Lunatic asylums Central Provinces reports 1895-1909 - 1895-1909
Year: 1895
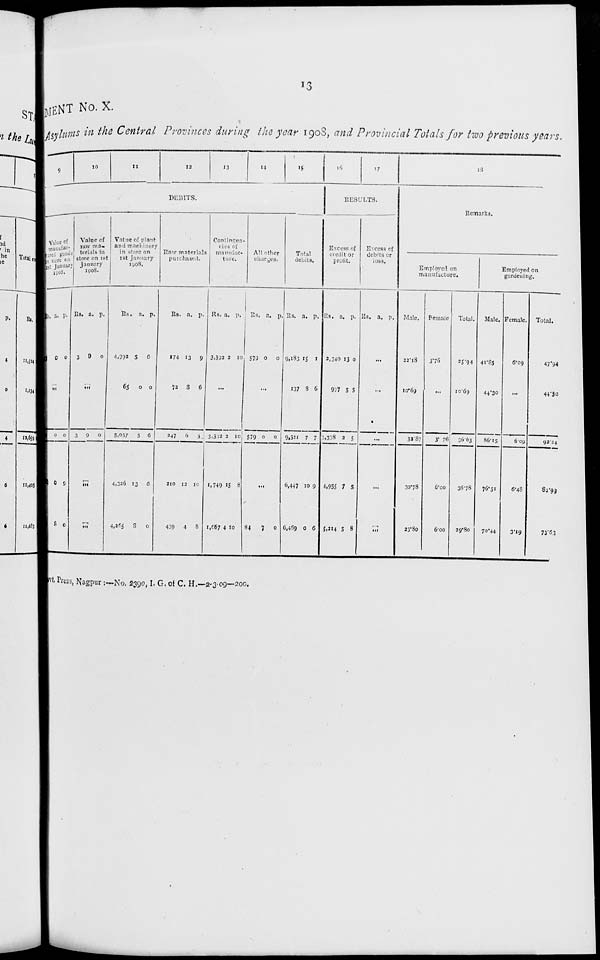
13
MENT No. X.
Asylums in the Central Provinces during the year 1908, and Provincial Totals for two previous years.
9
10
11
12
13
14
15
DEBITS.
Value of
manufac-
ured goods
in stores on
1st January
1908.
Rs. a.
0
p.
0
...
0
0
8
0
9
0
Value of
raw ma-
terials in
store on 1st
January
1908.
Rs.
3
a.
9
p.
0
...
3 9
0
...
...
Value of plant
and machinery
in store on
1st January
1908.
Rs.
4,992
65
5,057
4,326
4,265
a.
5
0
5
13
8
p.
6
0
6
6
0
Raw materials
purchased.
Rs.
174
72
247
210
439
a.
13
8
6
12
4
p.
9
6
3
10
8
Contingen-
cies of
manufac-
ture.
Rs.
3,392
a.
3
p.
10
...
3,392
1,749
1,667
3
15
4
10
8
10
All other
charges.
Rs.
579
a.
0
p.
0
...
579 0
0
...
84
7 0
Total
debits.
Rs.
9,183
137
9,321
6,447
6,469
a.
15
8
7
10
0
p.
1
6
7
9
6
16
17
RESULTS.
Excess
of
credit or
profit.
Rs.
2,340
997
3,338
4,955
5,214
a.
13
5
2
7
5
p.
0
5
5
5
8
Excess of
debits or
loss.
Rs. a. p.
...
...
...
...
...
18
Remarks.
Employed on
manufacture.
Male.
22.18
10.69
32.87
30.78
23.80
Female
3.76
...
3.76
6.00
6.00
Total.
25.94
10.69
36.63
36.78
29.80
Employed on
gardening.
Male.
41.85
44.30
86.15
76.51
70.44
Female.
6.09
...
6.09
6.48
3.19
Total.
47.94
44.30
92.24
82.99
73.63
Govt. Press, Nagpur :—No. 2390, I. G. of C. H.—2-3-09—200.